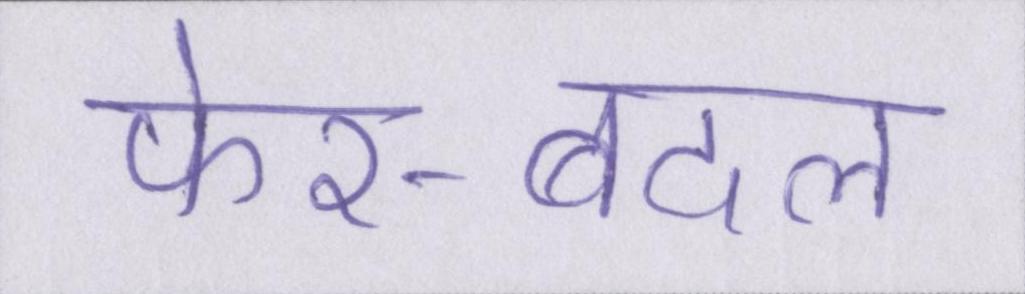
फेर-बदल